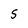
Character: S